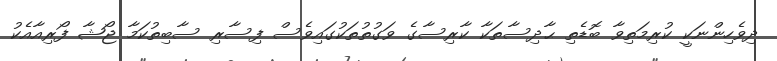
ދިވެހިންނަކީ ކުރިމަތިވާ ބޮޑެތި ޙާދިސާތަކާ ކާރިސާގެ ވަގުތުތަކުގައިވެސް ފިސާރި ސާބިތުކަމާ ޖޯޝާ ފޯރިއާއެކު